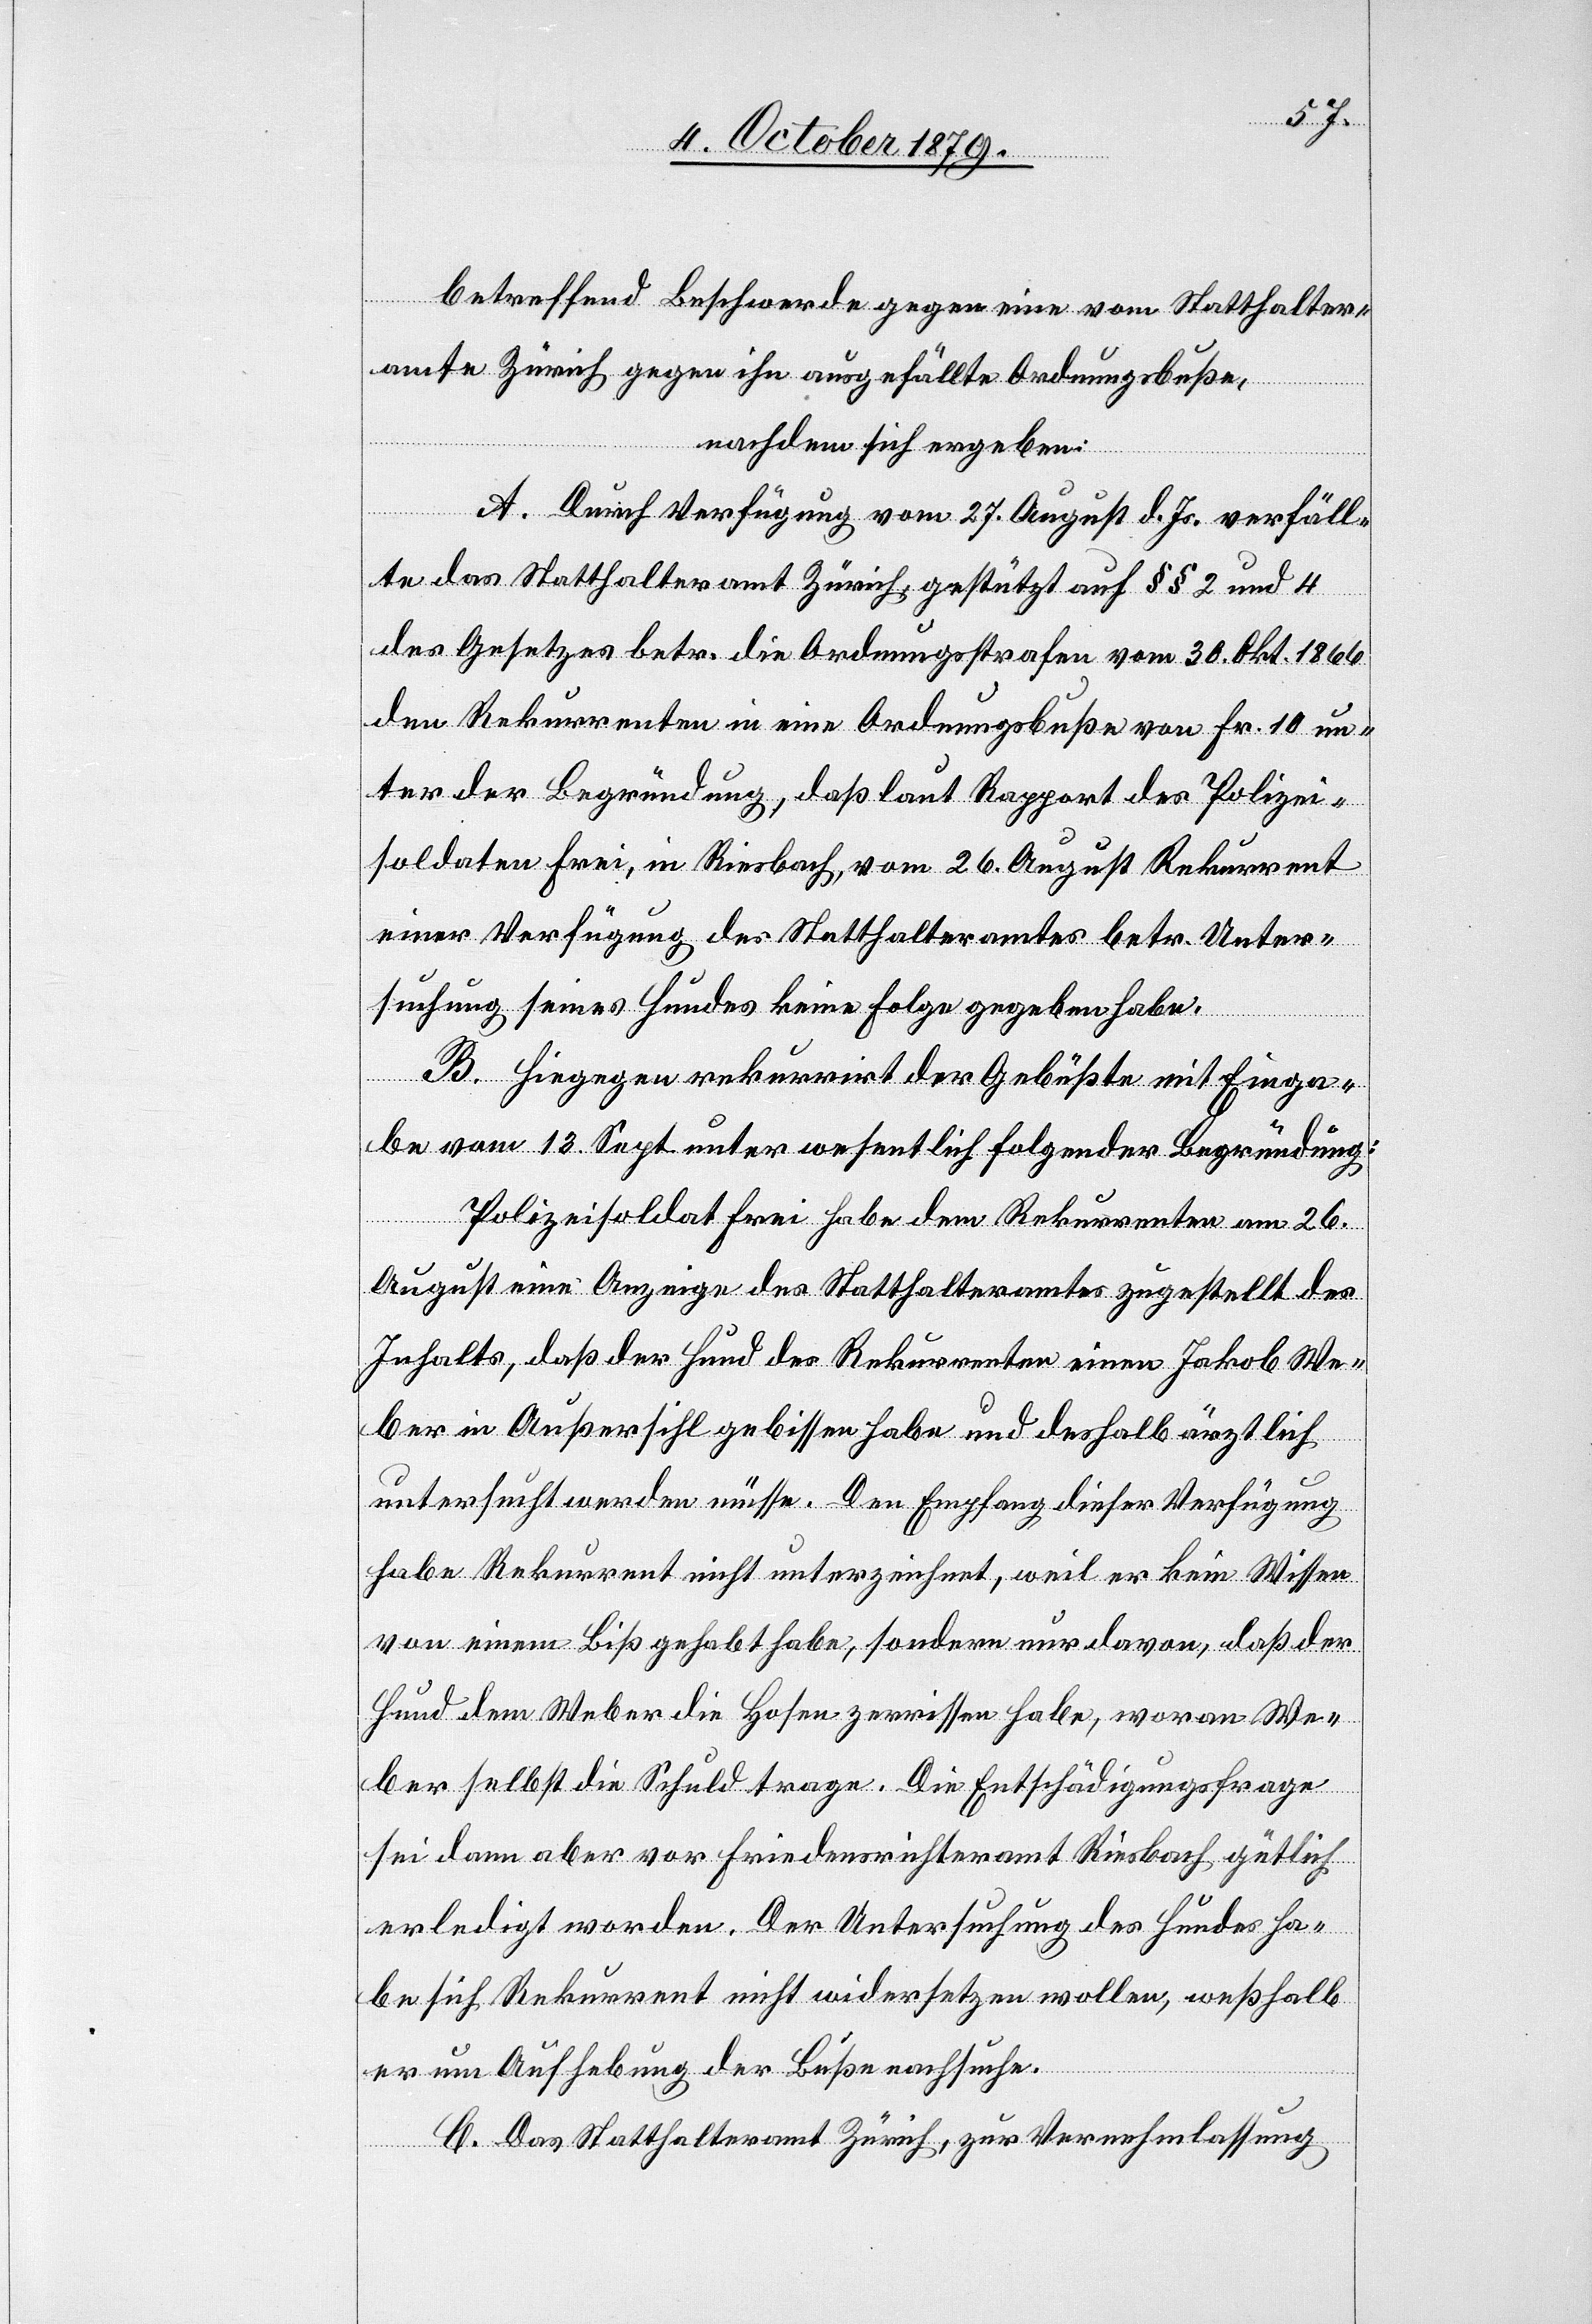
betreffend Beschwerde gegen eine vom Statthalter¬
amt Zürich gegen ihn ausgefällte Ordnungsbuße,
nachdem sich ergeben:
A. Durch Verfügung vom 27. August d. Js. verfäll¬
te das Statthalteramt Zürich gestützt auf § § 2 und 4
des Gesetzes betr. die Ordnungsstrafen vom 30. Okt. 1866
den Rekurrenten in eine Ordnungsbusse von Fr. 10 un¬
ter der Begründung, daß laut Rapport des Polizei¬
soldaten Frei, in Riesbach, vom 26. August Rekurrent
einer Verfügung des Statthalteramtes betr. Unter¬
suchung seines Hundes keine Folge gegeben habe.
B. Hiegegen rekurrirt der Gebüßte mit Einga¬
be vom 16. Sept. unter wesentlich folgender Begründung:
Polizeisoldat Frei habe dem Rekurrenten am 26.
August eine Anzeige des Statthalteramtes zugestellt des
Inhalts, daß der Hund des Rekurrenten einen Jakob We¬
ber in Außersihl gebissen habe und deshalb ärztlich
untersucht werden müsse. Den Empfang dieser Verfügung
habe Rekurrent nicht unterzeichnet, weil er kein Wissen
von einem Biß gehabt habe, sondern nur davon, daß der
Hund dem Weber die Hosen zerrissen habe, woran We¬
ber selbst die Schuld trage. Die Entschädigungsfrage
sei dann aber vor Friedensrichteramt Riesbach gütlich
erledigt worden. Der Untersuchung des Hundes ha¬
be sich Rekurrent nicht widersetzen wollen, weshalb
er um Aufhebung der Busse nachsuche.
C. Das Statthalteramt Zürich, zur Vernehmlassung,